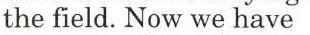
the field. Now we have